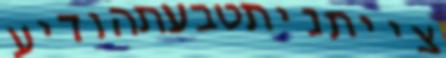
צייתניתטבעתהודיע